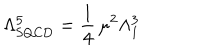
LaTeX: \Lambda _ { \mathrm { S Q C D } } ^ { 5 } = \frac 1 4 \, \mu ^ { 2 } \Lambda _ { 1 } ^ { 3 }